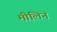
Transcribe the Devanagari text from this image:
मीलिन